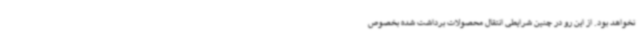
نخواهد بود. از این رو در چنین شرایطی انتقال محصولات برداشت شده بخصوص